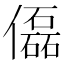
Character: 𠐞